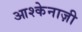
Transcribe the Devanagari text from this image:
आश्केनाज़ी